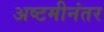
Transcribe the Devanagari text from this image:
अष्टमीनंतर